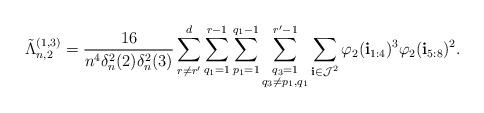
LaTeX: \begin{align*}\tilde \Lambda_{n,2}^{(1,3)}=\frac{16}{n^4\delta^2_n(2)\delta^2_n(3)}\sum_{r \ne r'}^d \sum_{q_1=1}^{r-1} \sum_{p_1=1}^{q_1-1}\sum_{\substack{q_3=1 \\ q_3 \ne p_1, q_1}}^{r'-1}\sum_{\mathbf{i}\in \mathcal{J}^2}\varphi_2(\mathbf i_{1:4})^3\varphi_2(\mathbf i_{5:8})^2.\end{align*}